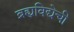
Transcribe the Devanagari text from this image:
ब्रह्यविद्येची